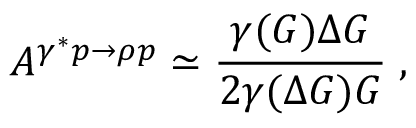
A ^ { \gamma ^ { * } p \to \rho p } \simeq \frac { \gamma ( G ) \Delta G } { 2 \gamma ( \Delta G ) G } \; ,